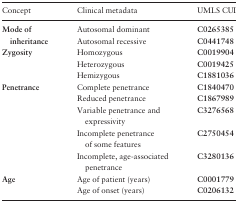
<table><thead><tr><td><b>Concept</b></td><td><b>Clinical metadata</b></td><td><b>UMLS CUI</b></td></tr></thead><tbody><tr><td rowspan="2"><b>Mode of inheritance</b></td><td>Autosomal dominant</td><td><b>C0265385</b></td></tr><tr><td>Autosomal recessive</td><td><b>C0441748</b></td></tr><tr><td rowspan="3"><b>Zygosity</b></td><td>Homozygous</td><td><b>C0019904</b></td></tr><tr><td>Heterozygous</td><td><b>C0019425</b></td></tr><tr><td>Hemizygous</td><td><b>C1881036</b></td></tr><tr><td rowspan="5"><b>Penetrance</b></td><td>Complete penetrance</td><td><b>C1840470</b></td></tr><tr><td>Reduced penetrance</td><td><b>C1867989</b></td></tr><tr><td>Variable penetrance and expressivity</td><td><b>C3276568</b></td></tr><tr><td>Incomplete penetrance of some features</td><td><b>C2750454</b></td></tr><tr><td>Incomplete, age-associated penetrance</td><td><b>C3280136</b></td></tr><tr><td rowspan="2"><b>Age</b></td><td>Age of patient (years)</td><td><b>C0001779</b></td></tr><tr><td>Age of onset (years)</td><td><b>C0206132</b></td></tr></tbody></table>